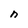
Character: n